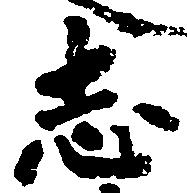
志